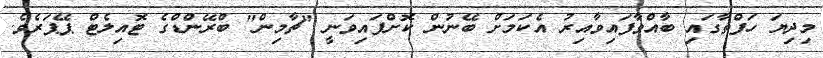
މިދިޔަ ހަފްތާގައި ބާއްވާފައިވާއިރު އެކަމަށް ބޭނުން ކޮށްފައިވަނީ "ޗާމިން" ބްރޭންޑްގެ ޓޮއިލެޓް ޕޭޕަރެވެ.